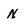
Character: N